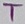
Text: T